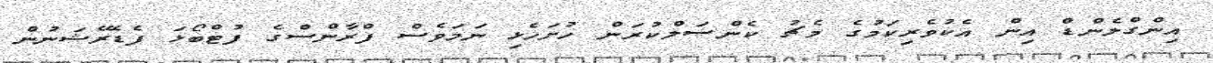
އިންގްލެންޑް އިން އެކުވެރިކަމުގެ މެޗު ކެންސަލްކުރަން ހުށަހެޅި ނަމަވެސް ފްރާންސްގެ ފުޓްބޯޅަ ފެޑެރޭޝަނުން